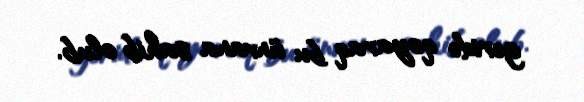
geridə qoyaraq bu ünvana sahib olub.